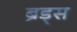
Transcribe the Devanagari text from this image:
ब्रॅंड्स